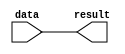
module NOP (
    input wire [19:0] data,
    output reg [19:0] result
);

always @(*) begin
    result = data; //result equals data because we do nothing
end

endmodule